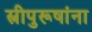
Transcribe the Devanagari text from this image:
स्त्रीपुरूषांना